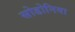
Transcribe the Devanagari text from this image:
सोडोनिया